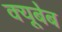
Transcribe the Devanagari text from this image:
क्यूबेब